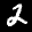
Label: 2